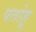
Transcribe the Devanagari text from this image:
पतोहू